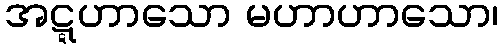
အဋ္ဋဟာသော မဟာဟာသော၊